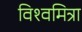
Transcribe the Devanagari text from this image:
विश्‍वमित्रा